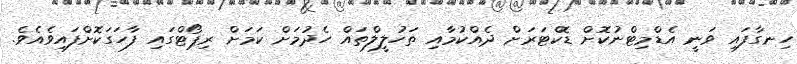
ހިނގާފައި ވަނީ އެޑްމިޓްނުކޮށް ޑޮކްޓަރަށް ދެއްކުމާއި ތަހުލީލްތައް ހެދުމަށް ކަމަށް ރިޕޯޓްގައި ފާހަގަކޮށްފައިވެއެވެ.